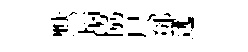
默瑙協尺鄧逃